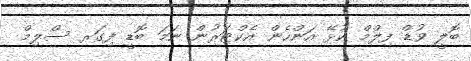
ބޮލީ ވުޑް ފިލްމް ކުޅޭ އަންހެން އެކްޓަރުން ނަމަ ބޮޑީ ފިގަރ ސްލިމް